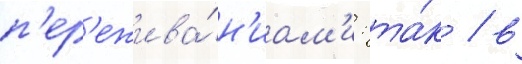
п'ер'ежива́н'иам'и: та́к / в